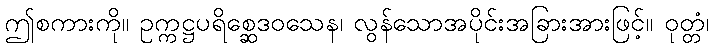
ဤစကားကို။ ဥက္ကဋ္ဌပရိစ္ဆေဒဝသေန၊ လွန်သောအပိုင်းအခြားအားဖြင့်။ ဝုတ္တံ၊